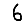
Digit: 6